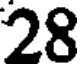
28